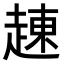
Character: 𧼓